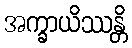
အက္ခာယိဿန္တိ